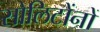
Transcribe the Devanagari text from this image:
सोलिटोंनों